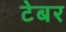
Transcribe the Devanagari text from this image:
टेबर